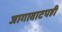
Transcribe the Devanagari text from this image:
जागावाटपही